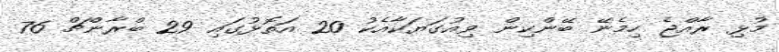
މުޅި ރާއްޖެ ހިމެނޭ ބޭންކިން ވިއުގަޔަކާއެކު 20 އަތޮޅުގައި 29 ބްރާންޗް 76